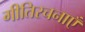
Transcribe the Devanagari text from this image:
गीतिरचनाएँ